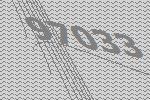
97033